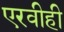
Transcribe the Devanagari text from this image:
एरवीही